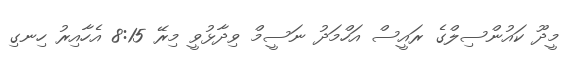
މީދޫ ކައުންސިލްގެ ރައީސް އަހްމަދު ނަސީމް ވިދާޅުވީ މިރޭ 8:15 އެހާއިރު ހިނގި